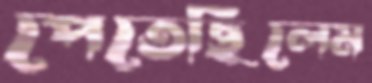
পেতেছিলেম